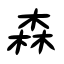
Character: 森